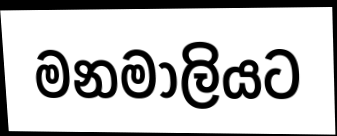
මනමාලියට